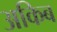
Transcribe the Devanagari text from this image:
अकिब